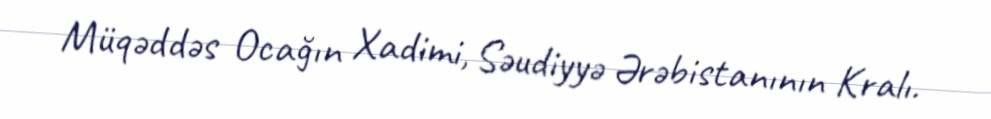
Müqəddəs Ocağın Xadimi, Səudiyyə Ərəbistanının Kralı.